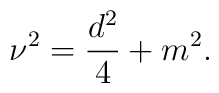
\nu^2  = \frac {d^2} {4} + m^2.